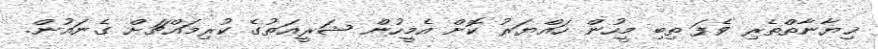
ޚިޔާނާތްތެރި ވެފަ ތިބި މީހުން ހައްޔަރު ކޮށް އެމީހުން ޝަރީޢަތުގެ ކުރިމައްޗަށް ގެނައުން.